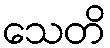
သေတိ